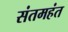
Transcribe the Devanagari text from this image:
संतमहंत